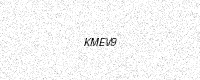
Text: KMEV9